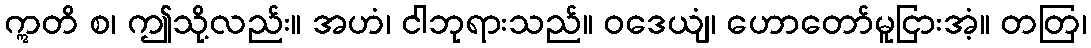
ဣတိ စ၊ ဤသို့လည်း။ အဟံ၊ ငါဘုရားသည်။ ဝဒေယျံ၊ ဟောတော်မူငြားအံ့။ တတြ၊